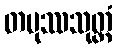
တပုဿသုတ္တံ